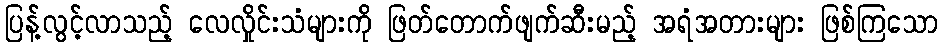
ပြန့်လွင့်လာသည့် လေလှိုင်းသံများကို ဖြတ်တောက်ဖျက်ဆီးမည့် အရံအတားများ ဖြစ်ကြသော